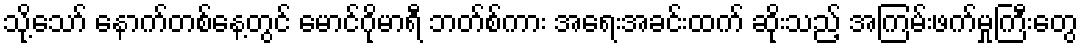
သို့သော် နောက်တစ်နေ့တွင် မောင်ဂိုမာရီ ဘတ်စ်ကား အရေးအခင်းထက် ဆိုးသည့် အကြမ်းဖက်မှုကြီးတွေ